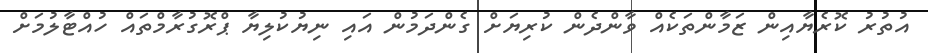
އުތުރު ކޮރެޔާއިން ޒަމާންތަކެއް ވާންދެން ކުރިޔަށް ގެންދަމުން އައި ނިޔުކުލިޔާ ޕްރޮގުރާމްތައް ހުއްޓާލުމަށް